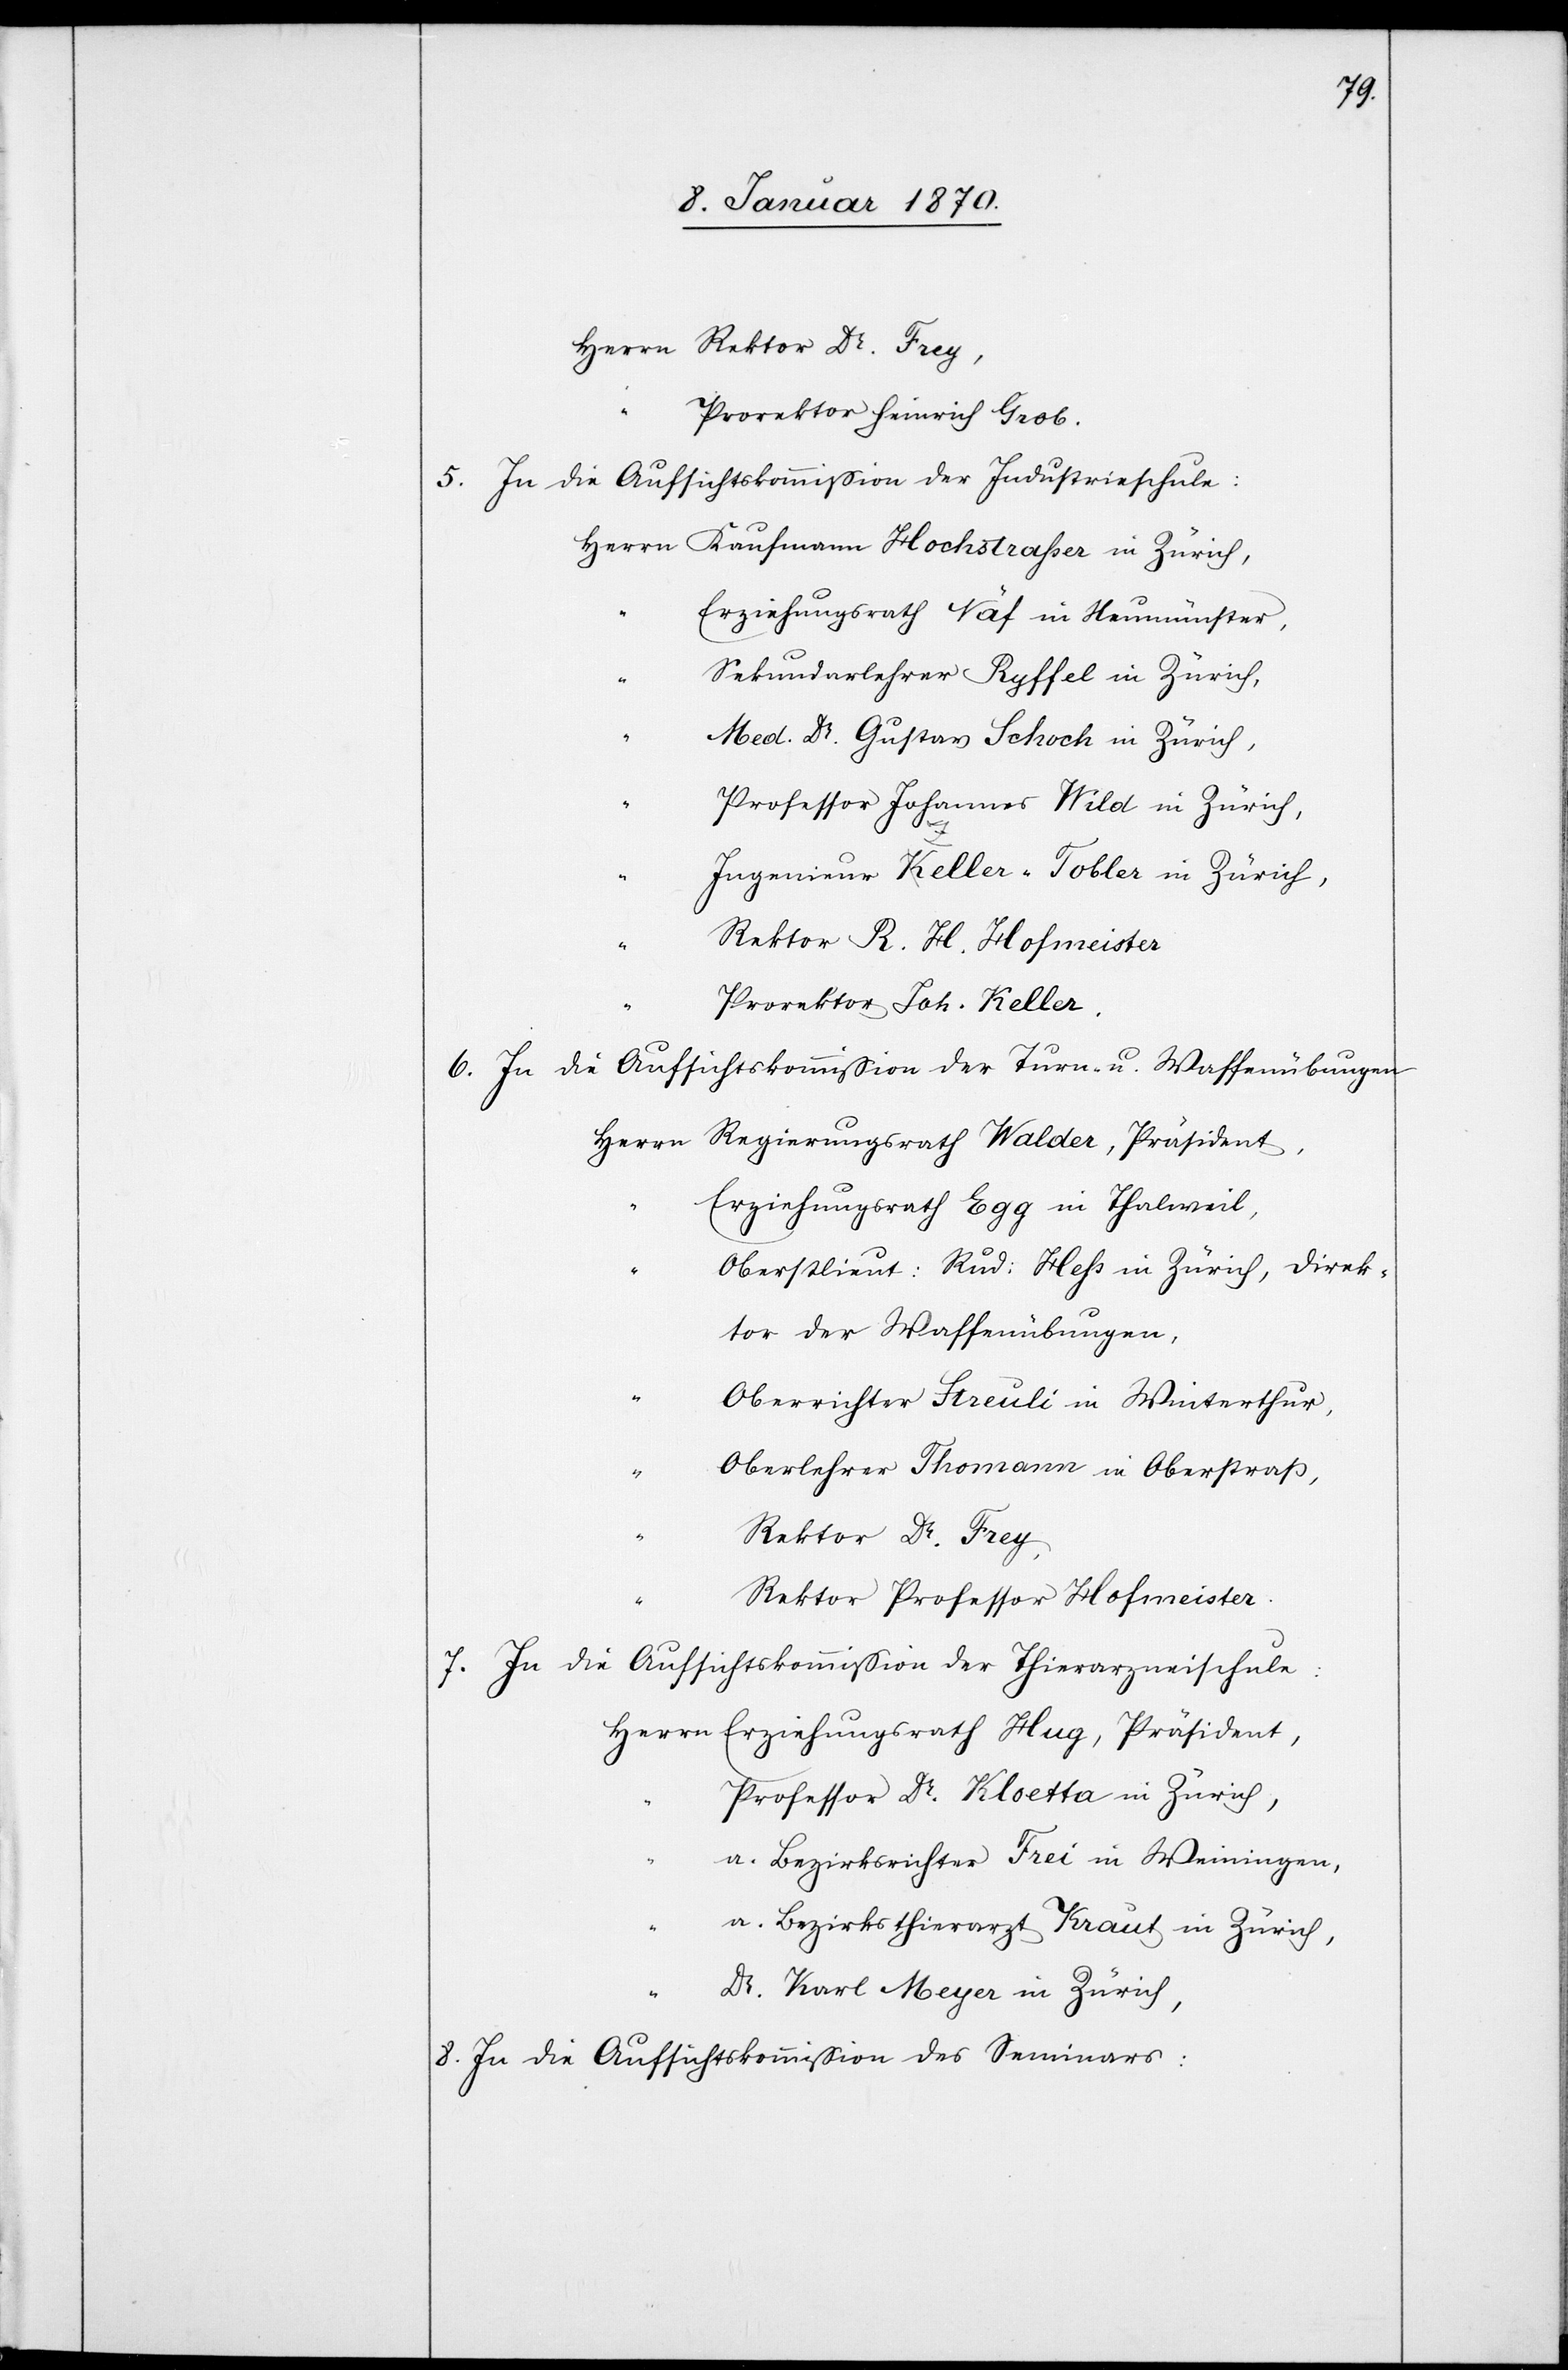
Herrn	Rektor Dr. Frey,
“	Prorektor Heinrich Grob.
5. In die Aufsichtskommißion der Industrieschule:
Herrn Kaufmann Hochstrasser in Zürich
“	Erziehungsrath Näf in Neumünster,
“	Sekundarlehrer Ryffel in Zürich,
“	Med. Dr. Gustav Schoch in Zürich,
“	Professor Johannes Wild in Zürich,
“	Ingenieur Keller-Tobler in Zürich,
“	Rektor R. H. Hofmeister,
“	Prorektor Joh. Keller.
6. In die Aufsichtskommission der Turn- u. Waffenübungen
Herrn
Regierungsrath Walder, Präsident,
“	Erziehungsrath Egg in Thalweil,
“	Oberstlieut: Rud: Hess in Zürich, Direk¬
tor der Waffenübungen,
“	Oberrichter Streuli in Winterthur,
“	Oberlehrer Thomann in Oberstraß,
“	Rektor Dr. Frey,
“	Rektor Professor Hofmeister.
7. In die Aufsichtskommission der Thierarzneischule:
Herrn
Erziehungsrath Hug, Präsident,
“	Professor Dr. Kloetta in Zürich,
“	a. Bezirksrichter Frei in Weiningen,
“	a. Bezirksthierarzt Kraut in Zürich,
“	Dr. Karl Meyer in Zürich,
8. In die Aufsichtskommission des Seminars: